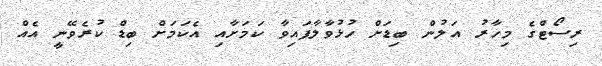
ރިސޯޓްގެ މިހާރު އަލުން ބިޑަށް ހުޅުވާލާފައިވާ ކަމަށާއި އެކަމަށް ބިޑް ކުރެވޭނީ އެއް